Annual report of the Civil Veterinary Department, Bengal, for the year 1898-99 - 1898-1899
Year: 1898
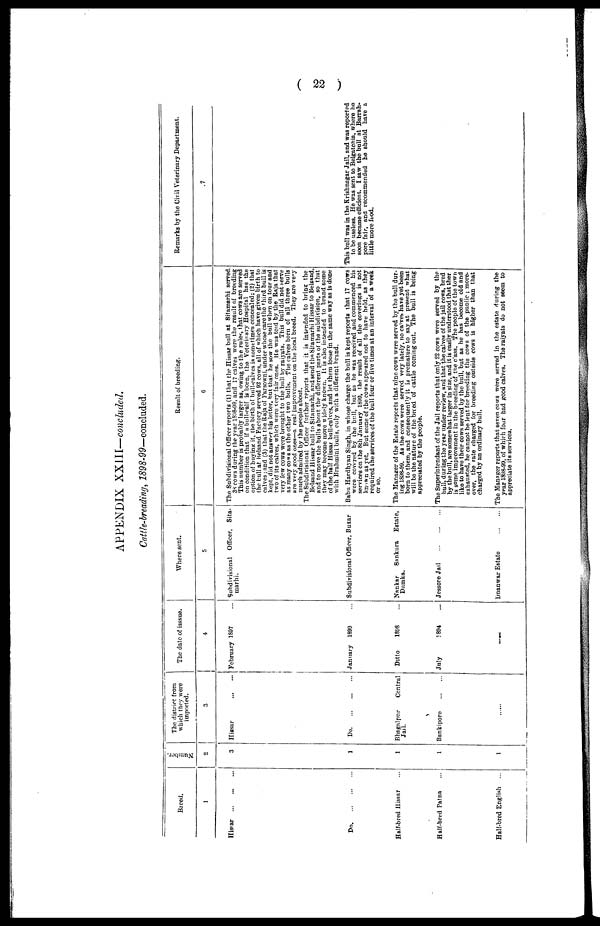
( 22 )
APPENDIX XXlll—concluded.
Cattle-breading, 1898-99—concluded.
Breed.
1
Hissar
...
...
...
Do. ... ... ...
Half-bred Hissar ...
Half-bred Patna ...
Half-bred English ...
Number
2
3
1
1
1
1
The district from
which they were
imported.
3
Hissar
...
...
Do. ... ... ...
Bhagalpur
Central
Jail.
Bankipore
...
...
......
The date of isssue.
4
February 1897 ...
January 1890 ...
Ditto
1808 ...
July
! 894 ...
......
Where sent.
5
Subdivisional Officer, Sita-
marhi.
Subdivisional Officer, Buxar
Nankar Sankura Estate,
Dumka.
Jessore Jail
...
...
...
Dnanwar Estate
...
...
Result of breeding.
6
The Subdivisional Officer reports (1) that the Hissar bull at Sitamarhi served
3S cows during the year 1898-09, and 17 calves were the result of breeding
This number is probably larger as, owing to the rules, that cows are served
on condition that if a bull-calf is born, the Veterinary Hospital has the
option of buying it, the birth of bull-calves is sometimes concealed; (2) that
the bull at Belsand Factory served 92 cows, all of which have given birth to
calves; and (3) that the Raja of Parsowni, under whose care the third bull is
kept, did not answer his letter, but that he sow the bull when on tour and
two of its calves, which were very fair ones. He was told by the Raja that
very few cows were brought to the bull by raiyats. This bull did not serve
as many cows as the other two bulls. The calves born of all three bulls
are very good ones—a real improvement on the local breed. They are very
much admired by the people about.
The Subdivisional Officer further reports that it is intended to bring the
Belsand Hissar bull to Sitamarhi, and send the Sitamarhi Hissar to Belsand,
and to move the bulls about the different parts of the subdivision, so that
they may become more widely known. It is also intended to brand some
of the half Hissar bull-calves, and let them loose in the same way as is done
with Brahmini bulls, only with a different brand.
Babu Hardhyan Singh, in whose charge the bull is kept reports that 17 cows
were covered by the bull, but as he was received and commenced his
services on the 8th January 1899, the result of all the coverings is not
known as yet. But some of the cows appeared not to have held, as they
required the services of the bull four or five times at an interval of a week
or so.
The Manger of the Estate reports that nine cows were served by the bull dur-
ing 1898-99. As the cows were served very lately, no ca'ves have yet been
born to them, and consequently it is premature to say at present what
will be the nature of the breed of cattle coming out. The Dull is being
appreciated by the people.
The Superintendant of the Jail reports that only 22 cows were served by the
bull, during the year under review, and that the calves of the jail cows, bred
by the bull, are somewhat larger in size, and it is easily understood that ther
is some improvement in the breeding of the class. The people of the town
like to have their cows served by the bull, but as he has become old and
exhausted, he cannot be lent for breeding the cows of the Public; more.
over, the rate charged for breeding outside cows is higher than that
charged by an ordinary bull.
The Manager reports that seven cows were served in the estate during the
year 1898-99, of which four had good calves. The raiyats do not seem to
appreciate its services.
Remarks by the Civil Veterinary Department.
7
This bull was in the Krishnagar Jail, and was reported
to be useless. He was sent to Belgatchia, where he
soon became efficient. I saw the bull at Barrah-
pore fair, and recommended he should have a
little more food.